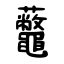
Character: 虌